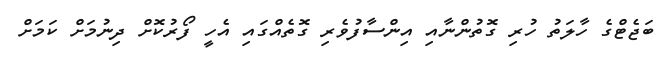
ބަޖެޓްގެ ހާލަތު ހުރި ގޮތުންނާއި އިންސާފުވެރި ގޮތެއްގައި އެހީ ފޯރުކޮށް ދިނުމަށް ކަމަށް